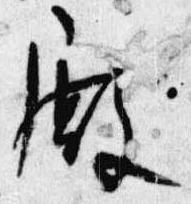
殿